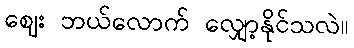
ဈေး ဘယ်လောက် လျှော့နိုင်သလဲ။